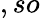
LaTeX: ,so